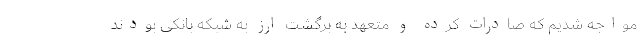
مواجه شدیم که صادرات کرده و متعهد به برگشت ارز به شبکه بانکی بودند